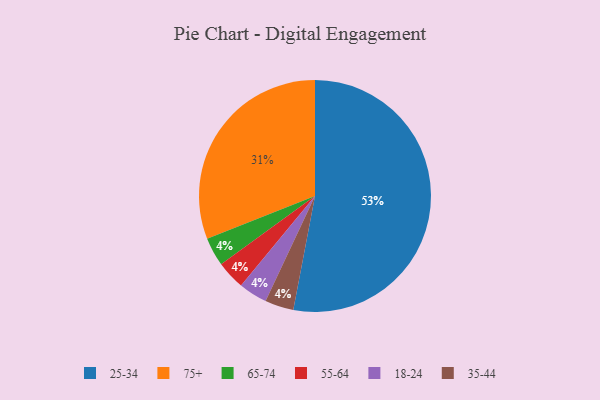
{"axis": {"x": "Category", "y": "Percentage"}, "legend": ["18-24", "25-34", "35-44", "55-64", "65-74", "75+"], "data": [{"x": "65-74", "y": 4, "type": "65-74"}, {"x": "55-64", "y": 4, "type": "55-64"}, {"x": "18-24", "y": 4, "type": "18-24"}, {"x": "25-34", "y": 53, "type": "25-34"}, {"x": "35-44", "y": 4, "type": "35-44"}, {"x": "75+", "y": 31, "type": "75+"}]}